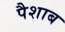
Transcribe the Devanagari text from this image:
पैशाब